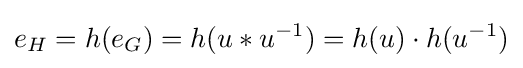
e_{H}=h(e_{G})=h(u*u^{-1})=h(u)\cdot h(u^{-1})